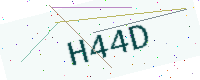
Text: H44D